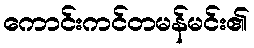
ကောင်းကင်တမန်မင်း၏